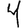
Digit: 4